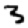
Digit: 3